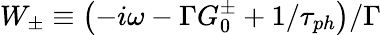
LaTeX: W_{\pm}\equiv\left(-i\omega-\Gamma G_{0}^{\pm}+1/\tau_{ph}\right)/\Gamma